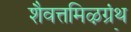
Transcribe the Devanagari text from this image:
शैवत्तमिऴ्‌ग्रंथ